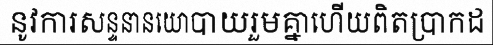
នូវការសន្ទនានយោបាយរួមគ្នាហើយពិតប្រាកដ